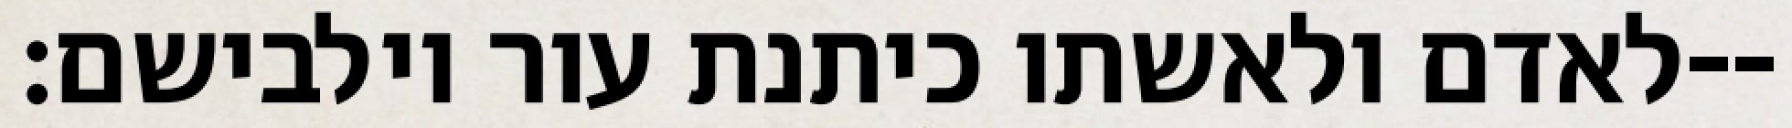
לאדם ולאשתו כיתנת עור וילבישם׃--